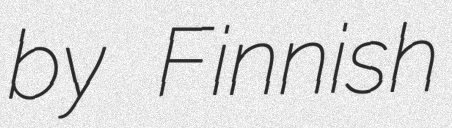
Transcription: by Finnish